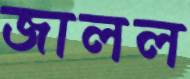
জালল